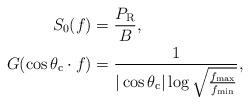
LaTeX: \begin{align*}S_0(f)&=\frac{P_{\rm R}}{B}, \\G(\cos \theta_{\rm c} \cdot f)&= \frac{1}{|\cos \theta_{\rm c}|\log\sqrt{\frac{f_{\rm max}}{f_{\rm min}}}}, \end{align*}